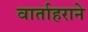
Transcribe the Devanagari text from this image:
वार्ताहराने